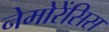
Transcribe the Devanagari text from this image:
नेमोरेंसिस